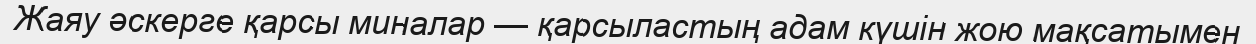
Жаяу әскерге қарсы миналар — қарсыластың адам күшін жою мақсатымен